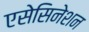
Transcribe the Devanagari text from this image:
एसेसिनेशन